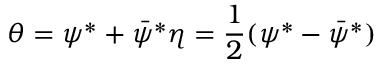
\theta = \psi ^ { \ast } + \bar { \psi } ^ { \ast } \eta = { \frac { 1 } { 2 } } ( \psi ^ { \ast } - \bar { \psi } ^ { \ast } )